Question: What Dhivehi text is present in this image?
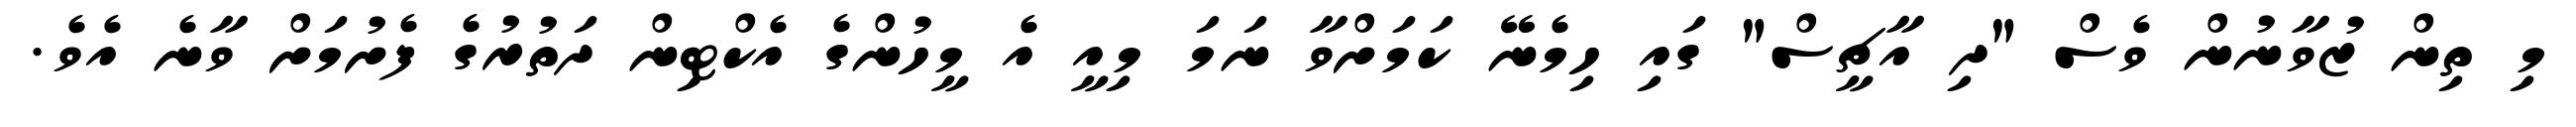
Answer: މި ތިން ޒުވާނުން ވެސް "ދި އާޗީސް" ގައި ހިމެނޭ ކަމަށްވާ ނަމަ މިއީ އެ މީހުންގެ އެކްޓިން ދަތުރުގެ ފެށުމަށް ވާނެ އެވެ.